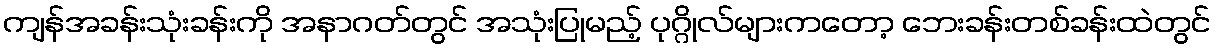
ကျန်အခန်းသုံးခန်းကို အနာဂတ်တွင် အသုံးပြုမည့် ပုဂ္ဂိုလ်များကတော့ ဘေးခန်းတစ်ခန်းထဲတွင်